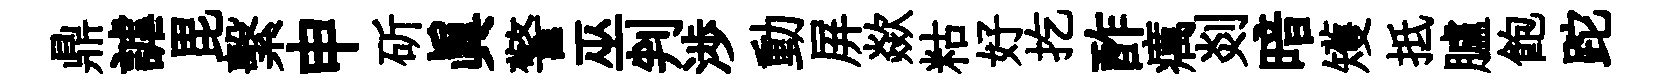
鼎謔毘繫申斫眞警巫判渉動屏歘䊀好扢酢癘剡暗矱抵臚飽跎